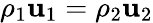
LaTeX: \rho_{1}\mathbf{u}_{1}=\rho_{2}\mathbf{u}_{2}